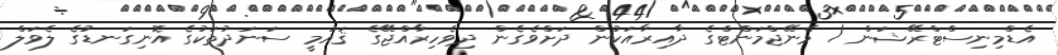
އެޑްމިނިސްޓްރޭޝަން / މެނޭޖްމަންޓްގެ ދާއިރާއަކުން ދަށްވެގެން ދިވެހިރާއްޖޭގެ ޤައުމީ ސަނަދުތަކުގެ އޮނިގަނޑުގެ ލެވަލް